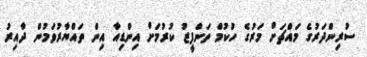
ސުރިންދަރުގެ މައްޗަށް މަރުގެ ހުކުމް ތަންފީޒު ކުރުމަށް އިންޑިއާ އިން ތައްޔާރުވަމުން ދާއިރު